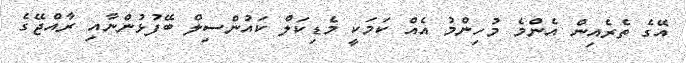
އޭގެ ތެރެއިން އެންމެ މުހިންމު އެއް ކަމަކީ މެޑިކަލް ކައުންސިލް ބޭފުޅުންނާއި ރާއްޖޭގެ